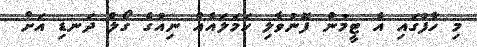
މި ހާފުގައި އެ ޓީމުން ފޮނުވާލި ހަމަލައެއް ނިއުގެ ގޯލް ދަނޑި އަށް